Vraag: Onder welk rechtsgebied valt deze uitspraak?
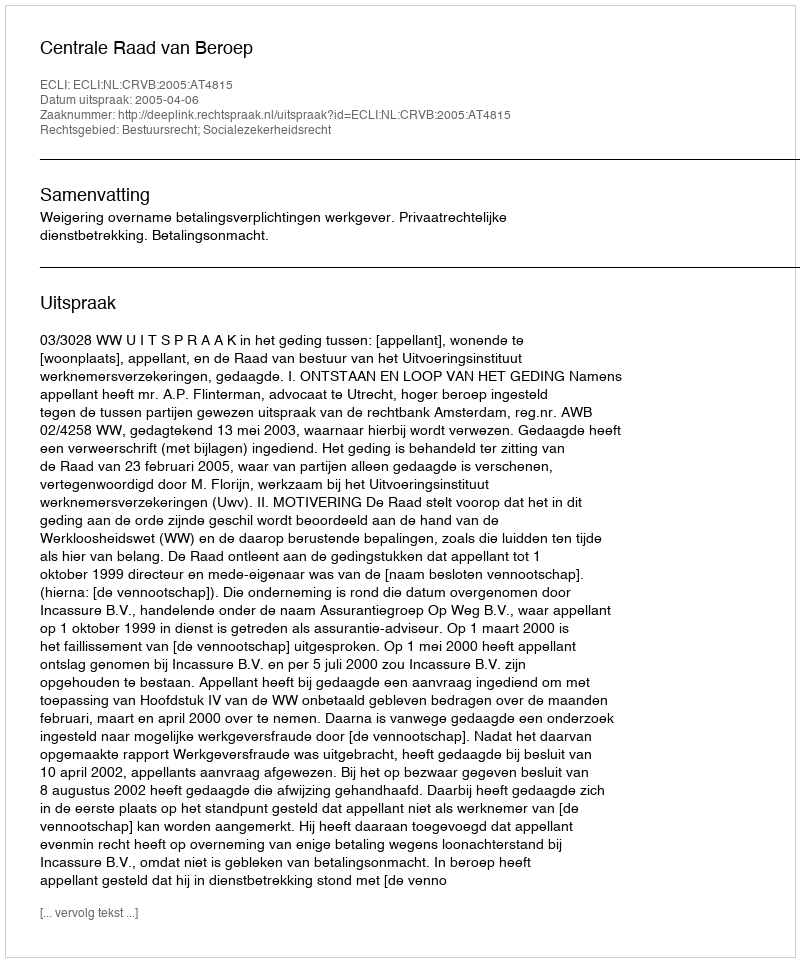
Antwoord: Bestuursrecht; Socialezekerheidsrecht